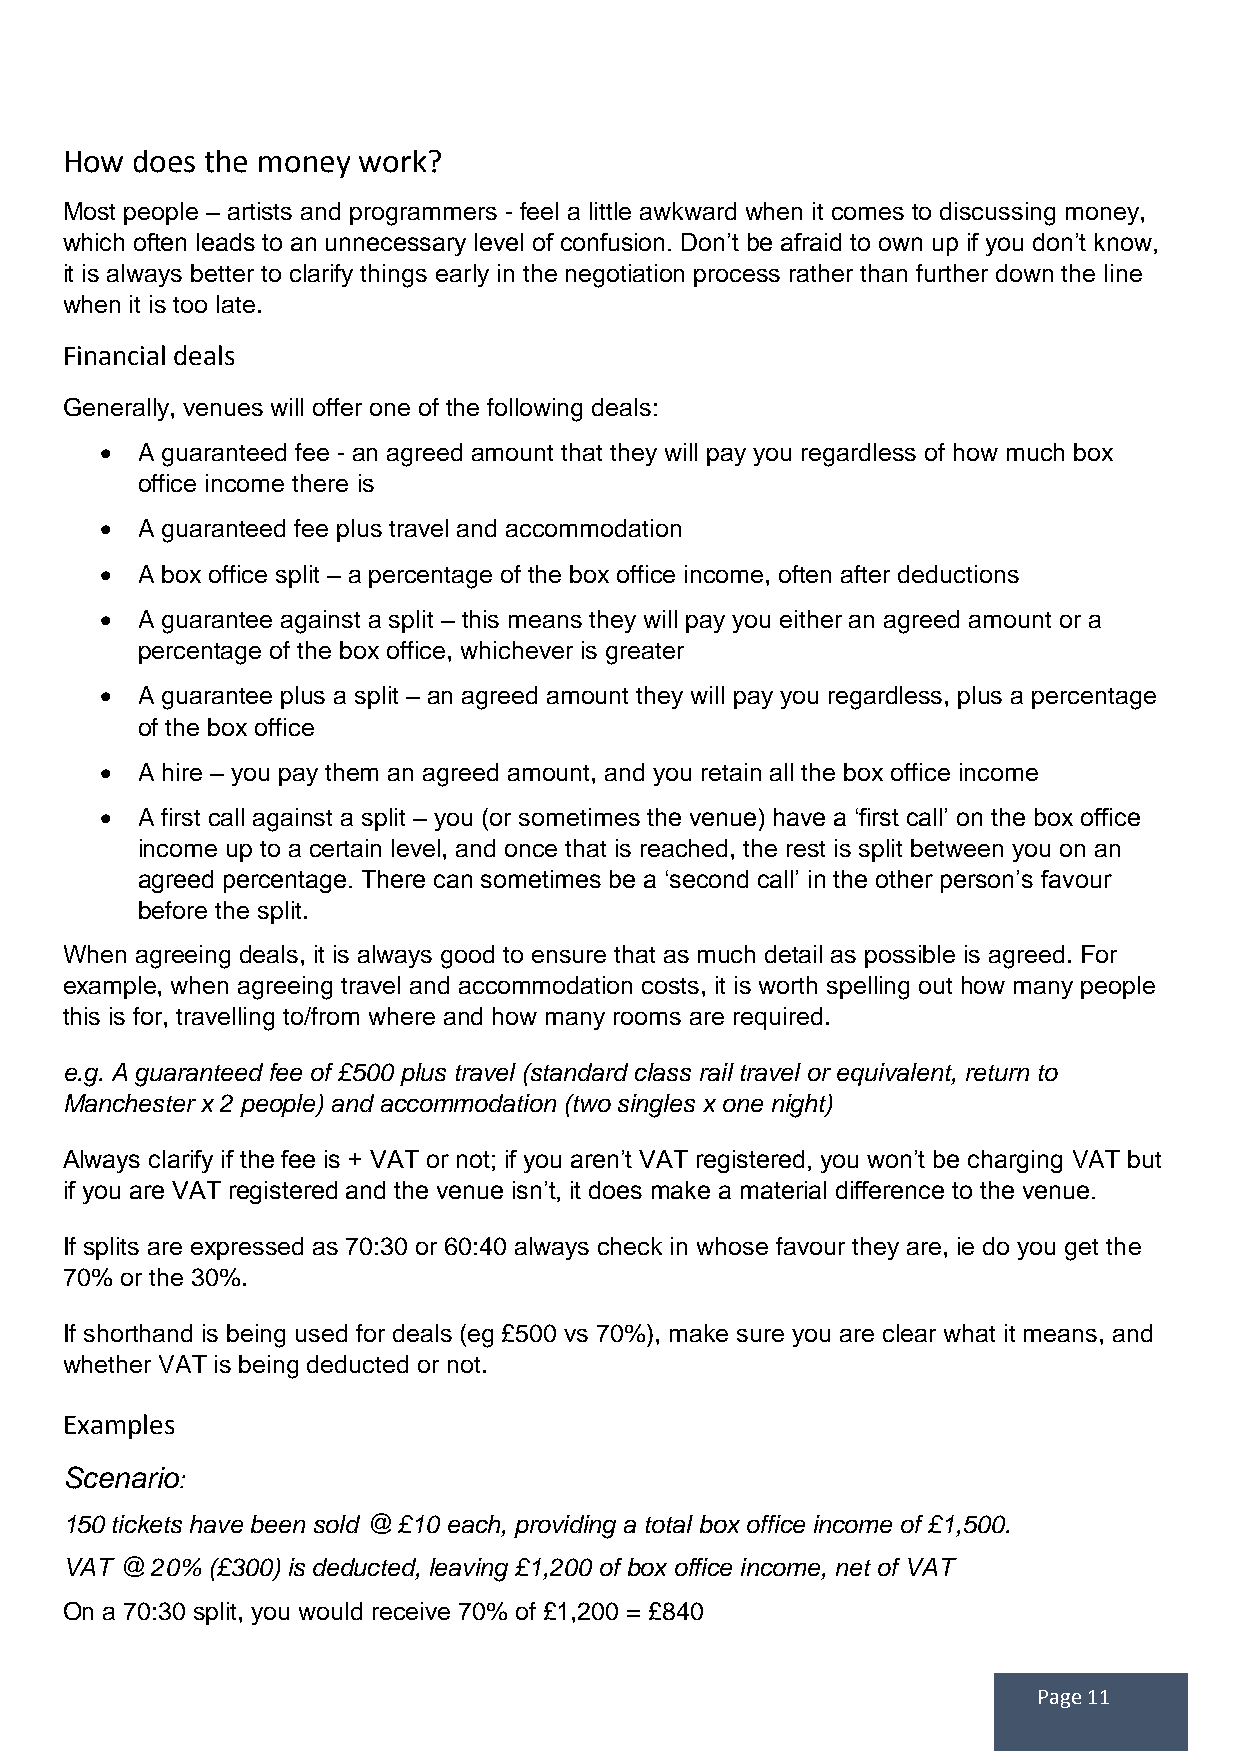
How  does the money work?
 Most pe ople – artists and programm ers - feel a little awkward when it comes to discussing money,
 which often leads to an unnecessary level of confusion. Don’t be afraid to own up if you don’t know,
 it is always better to clarify things early in the negotiation process rather than further down the line
 when it is too late.
 Financial deals
 Generally, venues will offer one of the following deals:
  A guaranteed fee - an agreed amount that they will pay you regardless of how much box
 office income there is
  A guaranteed fee plus travel and accommodation
  A box office split – a percentage of the box office income, often after deductions
  A guarantee against a split – this means they will pay you either an agreed amount or a
 percentage of the box office, whichever is greater
  A guarantee plus a split – an agreed amount they will pay you regardless, plus a percentage
 of the box office
  A hire – you pay them an agreed amount, and you retain all the box office income
  A first call against a split – you (or sometimes the venue) have a ‘first call’ on the box office
 income up to a certain level, and once that is reached, the rest is split between you on an
 agreed percentage. There can sometimes be a ‘second call’ in the other person’s favour
 before the split.
 When agreeing deals, it is always good to ensure that as much detail as possible is agreed. For
 example, when agreeing travel and accommodation costs, it is worth spelling out how many people
 this is for, travelling to/from where and how many rooms are required.
 e.g. A guaranteed fee of £500 plus travel (standard class rail travel or equivalent, return to
 Manchester x 2 people) and accommodation (two singles x one night)
 Always clarify if the fee is + VAT or not; if you aren’t VAT registered, you won’t be charging VAT but
 if you are VAT registered and the venue isn’t, it does make a material difference to the venue.
 If splits are expressed as 70:30 or 60:40 always check in whose favour they are, ie do you get the
 70% or the 30%.
 If shorthand is being used for deals (eg £500 vs 70%), make sure you are clear what it means, and
 whether VAT is being deducted or not.
 Examples
 Scenario:
 150 tickets have been sold @ £10 each, providing a total box office income of £1,500.
 VAT @ 20% (£300) is deducted, leaving £1,200 of box office income, net of VAT
 On a 70:30 split, you would receive 70% of £1,200 = £840
 Page 11